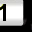
Digit: 1